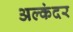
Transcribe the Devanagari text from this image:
अल्कंदर